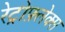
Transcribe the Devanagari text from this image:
रेट्रोफ़्लेक्स